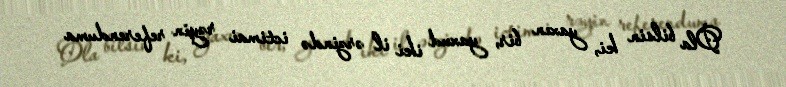
Ola bilsin ki, yaxın bir, yaxud iki il ərzində ictimai rəyin referenduma